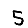
Digit: 5